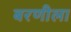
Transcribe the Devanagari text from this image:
बरणीला